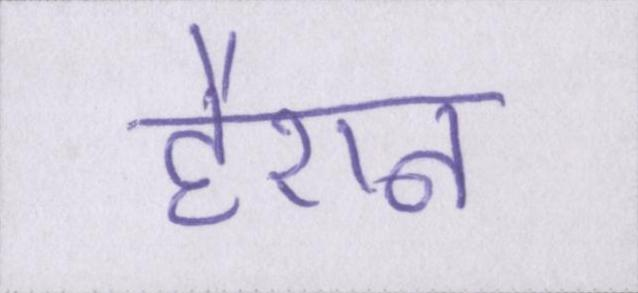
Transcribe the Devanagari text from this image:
हैरान